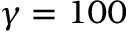
\gamma = 1 0 0